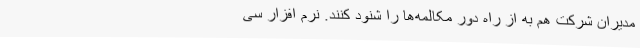
مدیران شرکت هم به از راه دور مکالمه‌ها را شنود کنند. نرم افزار سی